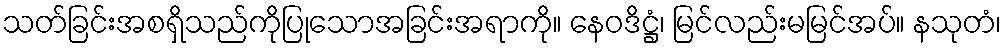
သတ်ခြင်းအစရှိသည်ကိုပြုသောအခြင်းအရာကို။ နေဝဒိဋ္ဌံ၊ မြင်လည်းမမြင်အပ်။ နသုတံ၊